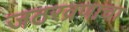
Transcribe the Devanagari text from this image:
जठरव्रणाचा